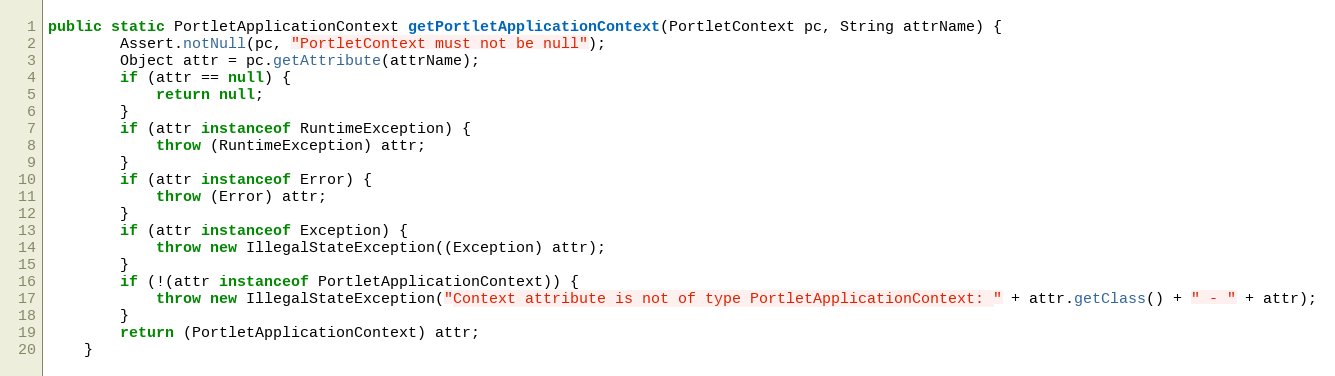
Language: Java
public static PortletApplicationContext getPortletApplicationContext(PortletContext pc, String attrName) {
        Assert.notNull(pc, "PortletContext must not be null");
        Object attr = pc.getAttribute(attrName);
        if (attr == null) {
            return null;
        }
        if (attr instanceof RuntimeException) {
            throw (RuntimeException) attr;
        }
        if (attr instanceof Error) {
            throw (Error) attr;
        }
        if (attr instanceof Exception) {
            throw new IllegalStateException((Exception) attr);
        }
        if (!(attr instanceof PortletApplicationContext)) {
            throw new IllegalStateException("Context attribute is not of type PortletApplicationContext: " + attr.getClass() + " - " + attr);
        }
        return (PortletApplicationContext) attr;
    }